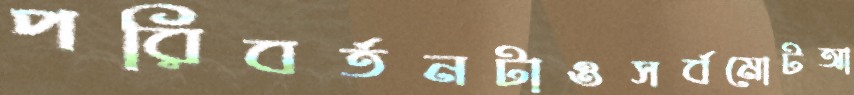
পরিবর্তনটাওসর্বমোটআ